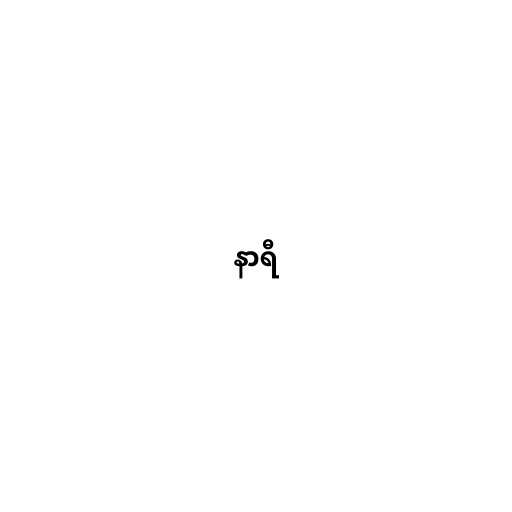
နာရီ